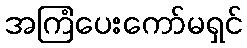
အကြံပေးကော်မရှင်